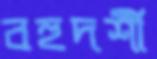
বহুদর্শী